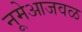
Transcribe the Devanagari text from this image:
नूमेआजवळ